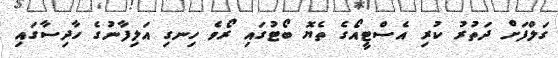
ގަލްފަށް ދަތުރު ކުރި އެސްޓީއޯގެ ތެޔޮ ބޯޓުގައި ރޯވެ ހިނގި އަލިފާނުގެ ހާދިސާގައި